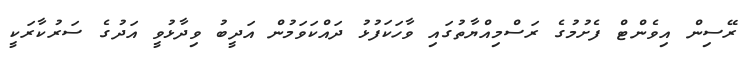
ރޭސިން އިވެންޓް ފެށުމުގެ ރަސްމިއްޔާތުގައި ވާހަކަފުޅު ދައްކަވަމުން އަދީބު ވިދާޅުވީ އަދުގެ ސަރުކާރަކީ